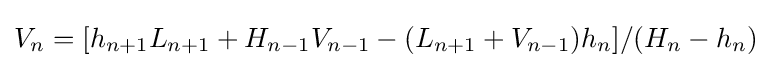
V_{n}=[h_{n+1}L_{n+1}+H_{n-1}V_{n-1}-(L_{n+1}+V_{n-1})h_{n}]/(H_{n}-h_{n})